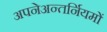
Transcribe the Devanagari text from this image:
अपनेअन्तर्नियमों